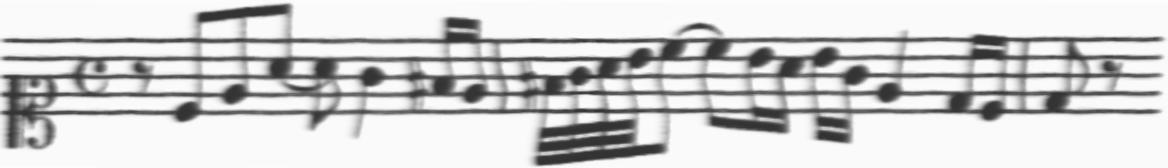
Transcription: clef-C1 timeSignature-C rest-eighth note-C4_eighth note-E4_eighth note-A4_eighth note-A4_eighth note-G4_quarter note-F#4_sixteenth note-E4_sixteenth barline note-F#4_thirty_second note-G4_thirty_second note-A4_thirty_second note-B4_thirty_second note-C5_eighth tie note-C5_eighth note-B4_sixteenth note-A4_sixteenth note-B4_sixteenth note-G4_sixteenth note-E4_quarter note-D4_sixteenth note-C4_sixteenth barline note-D4_eighth rest-eighth